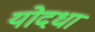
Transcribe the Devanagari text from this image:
योदधा